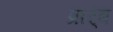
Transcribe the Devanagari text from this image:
प्रार्ंब